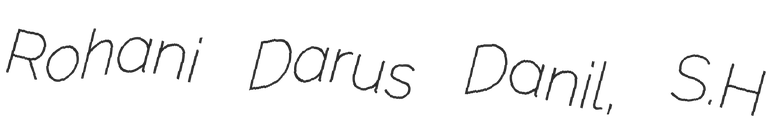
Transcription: Rohani Darus Danil, S.H